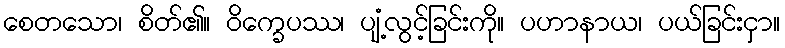
စေတသော၊ စိတ်၏။ ဝိက္ခေပဿ၊ ပျံ့လွင့်ခြင်းကို။ ပဟာနာယ၊ ပယ်ခြင်းငှာ။